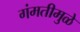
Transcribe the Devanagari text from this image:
गंमतीमुळे